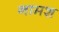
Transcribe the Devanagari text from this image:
नामश